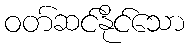
ဝတ်ဆင်နိုင်သော